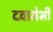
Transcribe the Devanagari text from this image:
दवामेभी